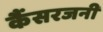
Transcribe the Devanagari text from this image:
कैंसरजनी